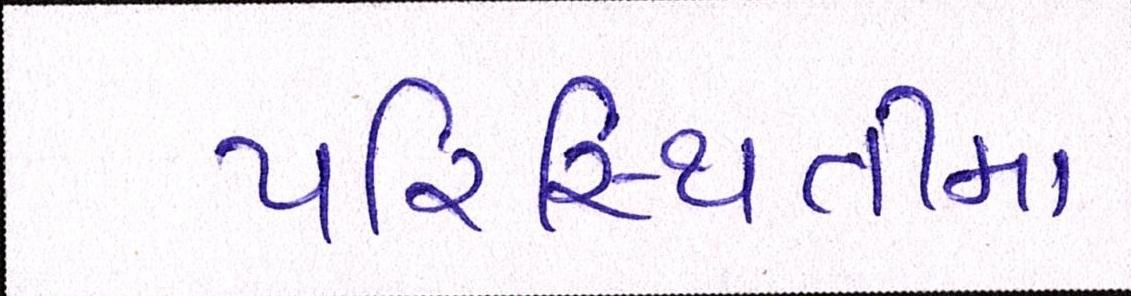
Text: પરિસ્થિતીમા